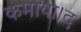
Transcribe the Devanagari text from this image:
कमाया।द